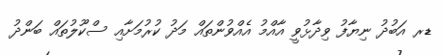
ޑރ އަބުދު ނިޔާފު ވިދާޅުވީ އާއްމު އެއްވުންތައް މަދު ކުރުމަށާއި ސްކޫލުތައް ބަންދު